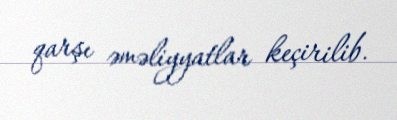
qarşı əməliyyatlar keçirilib.